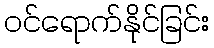
ဝင်ရောက်နိုင်ခြင်း